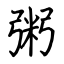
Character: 粥